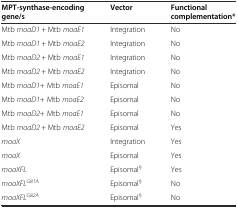
<table><thead><tr><td><b>MPT-synthase-encoding gene/s</b></td><td><b>Vector</b></td><td><b>Functional complementation*</b></td></tr></thead><tbody><tr><td>Mtb <i>moaD1</i> + Mtb <i>moaE1</i></td><td>Integration</td><td>No</td></tr><tr><td>Mtb <i>moaD1</i> + Mtb <i>moaE2</i></td><td>Integration</td><td>No</td></tr><tr><td>Mtb <i>moaD2</i> + Mtb <i>moaE1</i></td><td>Integration</td><td>No</td></tr><tr><td>Mtb <i>moaD2</i> + Mtb <i>moaE2</i></td><td>Integration</td><td>No</td></tr><tr><td>Mtb <i>moaD1</i>+ Mtb <i>moaE1</i></td><td>Episomal</td><td>No</td></tr><tr><td>Mtb <i>moaD1</i>+ Mtb <i>moaE2</i></td><td>Episomal</td><td>No</td></tr><tr><td>Mtb <i>moaD2</i>+ Mtb <i>moaE1</i></td><td>Episomal</td><td>No</td></tr><tr><td>Mtb <i>moaD2</i> + Mtb <i>moaE2</i></td><td>Episomal</td><td>Yes</td></tr><tr><td><i>moaX</i></td><td>Integration</td><td>Yes</td></tr><tr><td><i>moaX</i></td><td>Episomal</td><td>Yes</td></tr><tr><td><i>moaXFL</i></td><td>Episomal<sup>§</sup></td><td>Yes</td></tr><tr><td><i>moaXFL</i><sup><i>G81A</i></sup></td><td>Episomal<sup>§</sup></td><td>No</td></tr><tr><td><i>moaXFL</i><sup><i>G82A</i></sup></td><td>Episomal<sup>§</sup></td><td>No</td></tr></tbody></table>